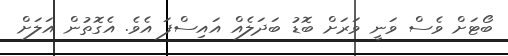
ބޯޓަށް ވެސް ވަނީ ވަރަށް ބޮޑު ބަދަލެއް އައިސްފަ އެވެ. އެގޮތުން އަލަށް